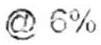
@ 6%